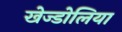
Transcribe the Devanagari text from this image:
खेज्डोलिया